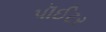
પૉઈટર